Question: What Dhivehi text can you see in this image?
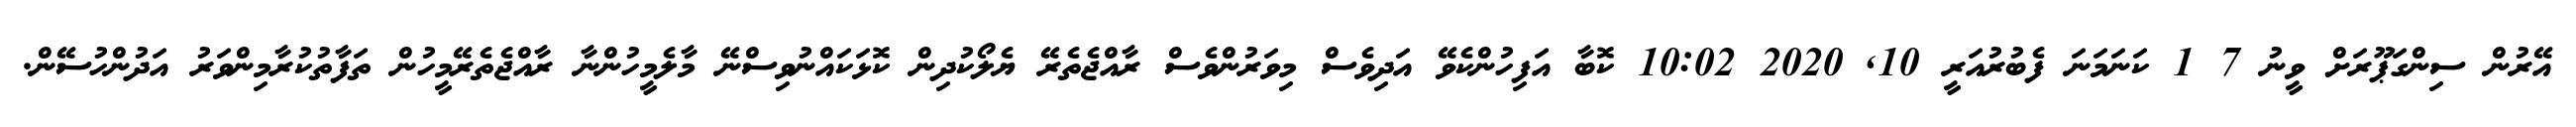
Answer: އޭރުން ސިންގަޕޫރަށް ވީނު 7 1 ކަނަމަނަ ފެބުރުއަރީ 10, 2020 10:02 ކޮބާ އަފިހުންކެވޭ އަދިވެސް މިވަރުންވެސް ރާއްޖެތެރޭ ޔެލޯކުދިން ކޮޅަކައްނުވިސްނޭ މާލެމީހުންނާ ރާއްޖެތެރޭމީހުން ތަފާތުކުރާމިންވަރު އަދުންހުސޭން.